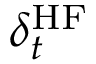
\delta _ { t } ^ { \mathrm { H F } }